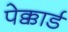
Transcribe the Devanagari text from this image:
पेक्कार्ड